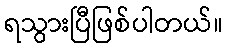
ရသွားပြီဖြစ်ပါတယ်။